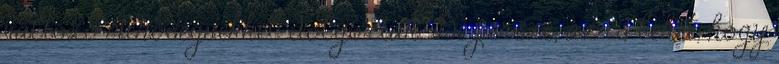
változó minőségűekkel dolgoztak. De persze, az is lehet, hogy